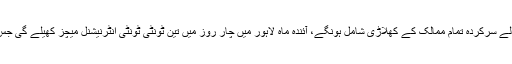
چیئرمین پی سی بی نے بتایا کہ ورلڈ الیون جس میں ٹیسٹ کرکٹ کھیلنے والے سرکردہ تمام ممالک کے کھلاڑی شامل ہونگے، آئندہ ماہ لاہور میں چار روز میں تین ٹونٹی ٹونٹی انٹرنیشنل میچز کھیلے گی جس کے بارے میں حکومت پنجاب نے پی سی بی کو گرین سگنل دے دیا ہے۔